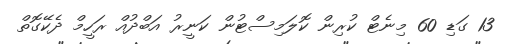
13 ގަޑި 60 މިނެޓް ކުރިން ކޮލަމިސްޓުން ކަނީރު އަބްދުއް ރަހީމް ދެކޭގޮތް